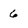
Character: 6